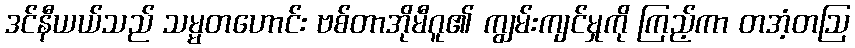
ဒင်နီယယ်သည် သမ္မတဟောင်း ဗစ်တာအိုမီဂူ၏ ကျွမ်းကျင်မှုကို ကြည့်ကာ တအံ့တဩ